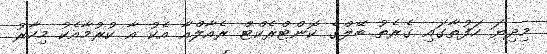
މިދިޔަ ހަފުތާގައި ގެރެތު ބޭލްގެ ކޮންޓްރެކްޓް ރެއާލްއާ އެކު އާ ކުރުމާއެކު މިހާރު